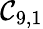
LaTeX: \mathcal{C}_{9,1}